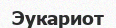
Эукариот